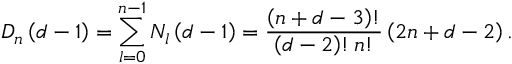
D _ { n } \left( d - 1 \right) = \sum _ { l = 0 } ^ { n - 1 } N _ { l } \left( d - 1 \right) = \frac { \left( n + d - 3 \right) ! } { \left( d - 2 \right) ! \, n ! } \left( 2 n + d - 2 \right) .